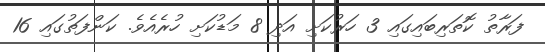
ފަރާތު ކޮތަރިބައިގައި 3 ހަރުކަށި އަދި 8 މަޑުކަށި ހުރެއެވެ. ކަންފަތުގައި 16